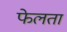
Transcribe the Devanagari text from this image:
फेलता